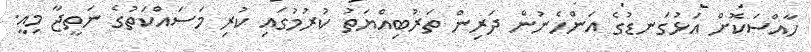
ހާއްސަކޮށް އަޅުގަނޑުގެ އަންހެނުން ދަރިން ތަރުބިއްޔަތު ކުރުމުގައި ކުރި މަސައްކަތުގެ ނަތީޖާ މިއީ.